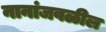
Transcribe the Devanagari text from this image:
नानांजवळील